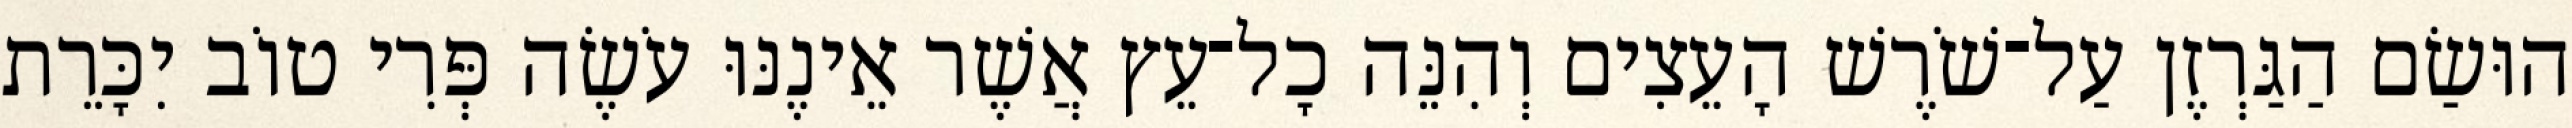
הוּשַׂם הַגַּרְזֶן עַל־שֹׁרֶשׁ הָעֵצִים וְהִנֵּה כָל־עֵץ אֲשֶׁר אֵינֶנּוּ עֹשֶׂה פְּרִי טוֹב יִכָּרֵת